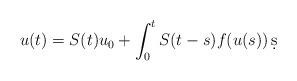
LaTeX: \begin{align*}u(t)=S(t)u_0+\int_0^t S(t-s)f(u(s))\, \d s\end{align*}